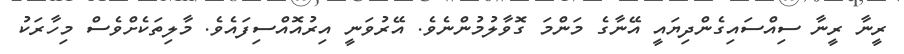
ރީނާ ރީނާ ސިއްސައިގެންދިޔައީ އޭނާގެ މަންމަ ގޮވާލުމުންނެވެ. އޭރުވަނީ އިރުއޮއްސިފައެވެ. މާލިތަކެށްވެސް މިހާރަކު